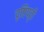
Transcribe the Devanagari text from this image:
दृष्टिपट्टी